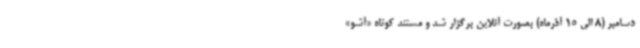
دسامبر (8 الی 15 آذرماه) بصورت آنلاین برگزار شد و مستند کوتاه «آشو»